Reports on military cantonments and civil stations in the Presidency of Bombay inspected by the Sanitary Commissioner in the years 1875 and 1876
Year: 1875
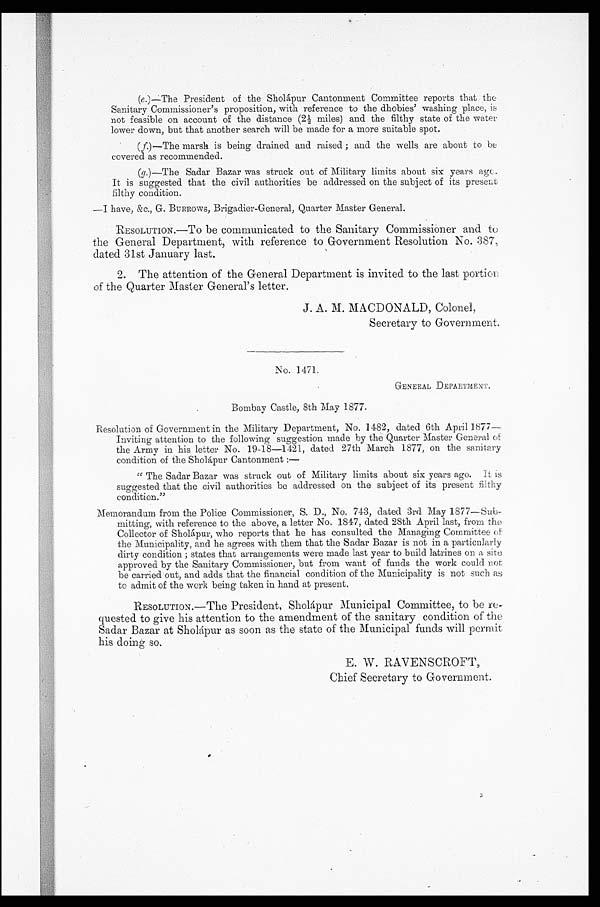
(e .)—The President of the Sholapur Cantonment Committee reports that the
Sanitary Commissioner's proposition, with reference to the dhobies' washing place, is
not feasible on account of the distance (2½ miles) and the filthy state of the water
lower down, but that another search will be made for a more suitable spot.
( f. ) — T h e m a r s h i s b e i n g d r a i n e d a n d r a i s e d ; a n d t h e w e l l s a r e a b o u t t o b e
covered as recommended.
(g.)—The Sadar Bazar was struck out of Military limits about six years ago.
It is suggested that the civil authorities be addressed on the subject of its present
filthy condition.
—I have, &c., G. BURROWS, Brigadier-General, Quarter Master General.
RESOLUTION.—TO be communicated to the Sanitary Commissioner and to
the General Department, with reference to Government Resolution No. 387,
dated 31st January last.
2.The attention of the General Department is invited to the last portion
of the Quarter Master General's letter.
J. A. M. MACDONALD, Colonel,
Secretary to Government.
No. 1471.
GENERAL DEPARTMENT.
Bombay Castle, 8th May 1877.
Resolution of Government in the Military Department, No. 1482, dated 6th April 1877—
Inviting attention to the following suggestion made by the Quarter Master General of
the Army in his letter No. 19-18—1421, dated 27th March 1877, on the sanitary
condition of the Sholdpur Cantonment :
—
"The Sadar Bazar was struck out of Military limits about six years ago. It is
suggested that the civil authorities be addressed on the subject of its present filthy
condition."
Memorandum from the Police Commissioner, S. D., No. 743, dated 3rd May 1877—Sub-
mitting, with reference to the above, a letter No, 1847, dated 28th April last, from the
Collector of Sholapur, who reports that he has consulted the Managing Committee of
the Municipality, and he agrees with them that the Sadar Bazar is not in a particularly
dirty condition; states that arrangements were made last year to build latrines on a site
approved by the Sanitary Commissioner, but from want of funds the work could not
be carried out, and adds that the financial condition of the Municipality is not such as
to admit of the work being taken in hand at present.
RESOLUTION.—The President, Sholapur Municipal Committee, to be re-
quested to give his attention to the amendment of the sanitary condition of the
Sadar Bazar at Sholdpur as soon as the state of the Municipal funds will permit
his doing so.
E. W. RAVENSCROFT,
Chief Secretary to Government.